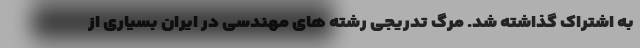
به اشتراک گذاشته شد. مرگ تدریجی رشته های مهندسی در ایران بسیاری از